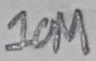
Text: 10M